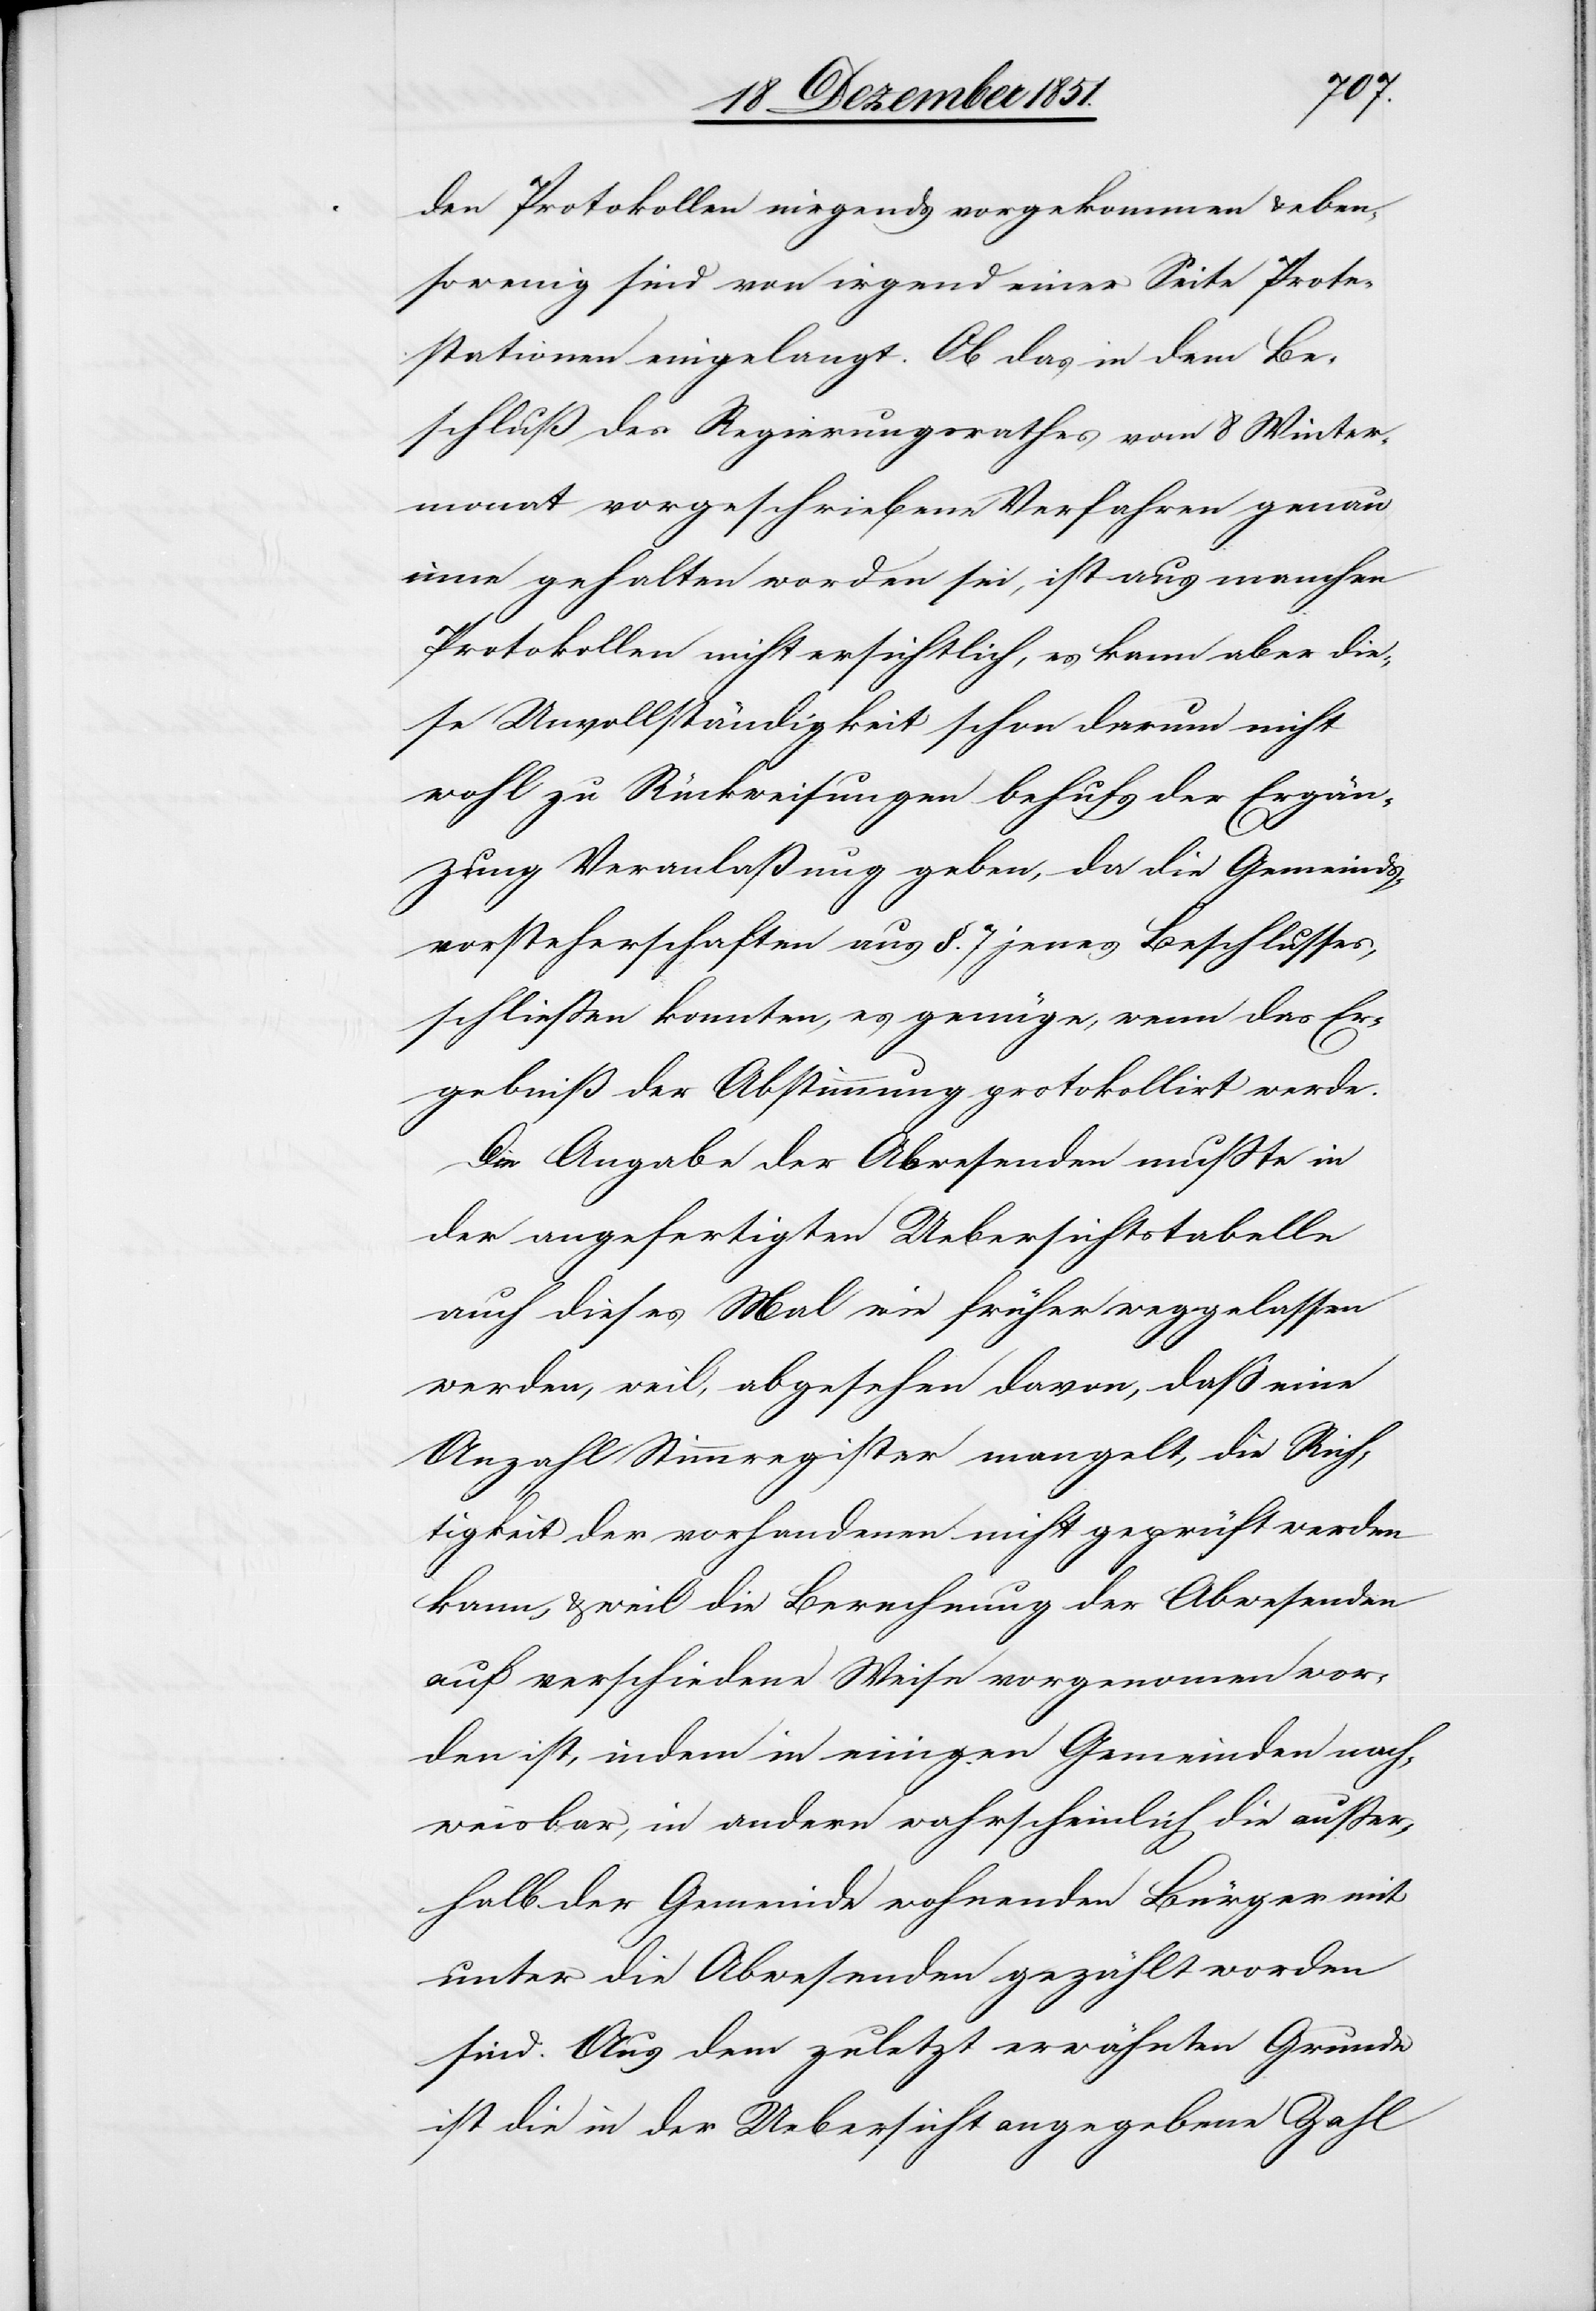
den Protokollen nirgends vorgekommen & eben¬
sowenig sind von irgend einer Seite Prote¬
stationen eingelangt. Ob das in dem Be¬
schluß des Regierungsrathes vom 8 Winter¬
monat vorgeschriebene Verfahren genau
inne gehalten worden sei, ist aus manchen
Protokollen nicht ersichtlich, es kann aber die¬
se Unvollständigkeit schon darum nicht
wohl zu Rückweisungen behufs der Ergän¬
zung Veranlaßung geben, da die Gemeinds¬
vorsteherschaften aus §. 7 jenes Beschlusses,
schließen konnten, es genüge, wenn das Er¬
gebniß der Abstimmung protokollirt werde.
Die Angabe der Abwesenden mußte in
der angefertigten Uebersichtstabelle
auch dieses Mal wie früher weggelassen
werden, weil, abgesehen davon, daß eine
Anzahl Stimmregister mangelt, die Rich¬
tigkeit der vorhandenen nicht geprüft werden
kann, & weil die Berechnung der Abwesenden
auf verschiedene Weise vorgenom[m]en wor¬
den ist, indem in einigen Gemeinden nach¬
weisbar, in andern wahrscheinlich die außer¬
halb der Gemeinde wohnenden Bürger mit
unter die Abwesenden gezählt worden
sind. Aus dem zuletzt erwähnten Grunde
ist die in der Uebersicht angegebene Zahl